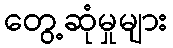
တွေ့ဆုံမှုများ